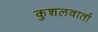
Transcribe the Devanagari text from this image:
कुशलवार्ता